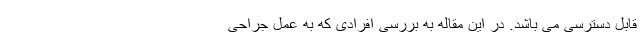
قابل دسترسی می باشد. در این مقاله به بررسی افرادی که به عمل جراحی